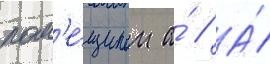
пом'е́щиком а́ // А́